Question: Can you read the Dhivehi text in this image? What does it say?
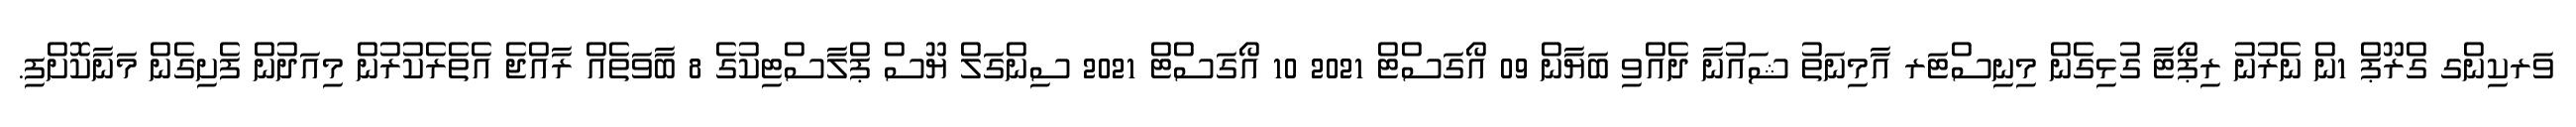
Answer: ވަރކިންގ ގްރޫޕް 1ން ނެރުނު ރިޕޯޓާ ގުޅިގެން މިނިސްޓަރ އާމިނަތު ޝައުނާ ދެއްވި ބަޔާން 09 އޯގަސްޓް 2021 10 އޯގަސްޓް 2021 ސިންގަލް ޔޫސް ޕްލާސްޓިކުގެ 8 ބާވަތެއް ރާއްޖެ އެތެރެކުރުން މިއަދުން ފެށިގެން މަނާކޮށްފި.